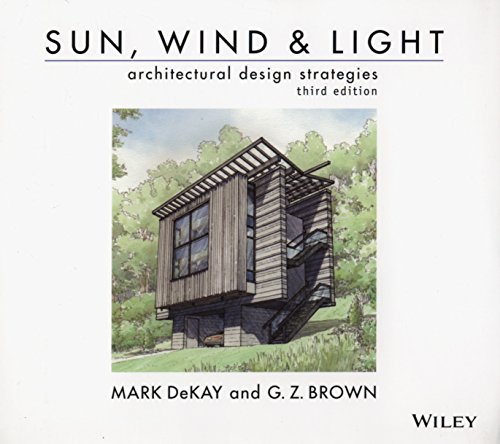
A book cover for Sun, Wind, and Light: Architectural Design Strategies; Mark DeKay; Crafts, Hobbies & Home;